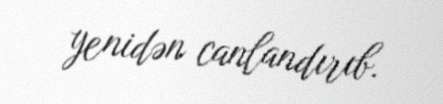
yenidən canlandırıb.